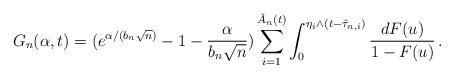
LaTeX: \begin{align*} G_n(\alpha,t)=(e^{\alpha/(b_n\sqrt{n})}-1-\frac{\alpha}{b_n\sqrt{n}})\sum_{i=1}^{{{\hat A}_n}(t)}\int_0^{\eta_i\wedge (t-\hat\tau_{n,i})}\frac{dF(u)}{1-F(u)}\,.\end{align*}